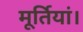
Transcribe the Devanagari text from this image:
मूर्तियां।